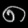
Digit: ၈